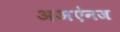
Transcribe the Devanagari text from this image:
अअऐनज